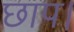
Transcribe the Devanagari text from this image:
छाप।